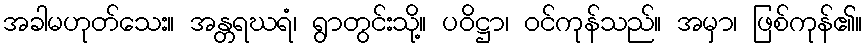
အခါမဟုတ်သေး။ အန္တရဃရံ၊ ရွာတွင်းသို့။ ပဝိဋ္ဌာ၊ ဝင်ကုန်သည်။ အမှာ၊ ဖြစ်ကုန်၏။